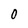
Character: O